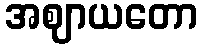
အဈာယတော